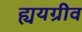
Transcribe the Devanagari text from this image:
ह्ययग्रीव